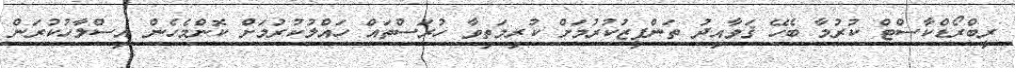
ރީބްރޯޑްކާސްޓް ކުރުމާ ބެހޭ ޤަވާއިދު ތަންފީޒުކުރުމަށް ކުރިމަތިވާ ހުރަސްތައް ހައްލުކުރުމަށް ކޮންމެހެން އިސްލާހުކުރަން